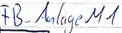
Text: FB_Anlage M1